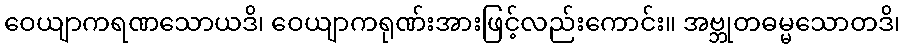
ဝေယျာကရဏသောယဒိ၊ ဝေယျာကရုဏ်းအားဖြင့်လည်းကောင်း။ အဗ္ဘုတဓမ္မသောတဒိ၊